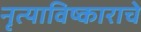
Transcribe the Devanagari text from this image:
नृत्याविष्काराचे